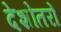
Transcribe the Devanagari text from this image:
देशोतरों